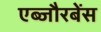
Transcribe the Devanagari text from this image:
एब्जौरबेंस